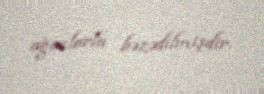
ağaclarla bəzədilmişdir.